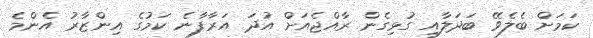
ކަމަށް ބެލެވޭ ބަދަލާއި ގުޅިގެން ރާއްޖެއަށް އުދަ އަރާފާނެ ކަމުގެ އިންޒާރު އެންމެ